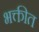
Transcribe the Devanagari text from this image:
भक्तीत